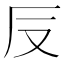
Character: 𠬡